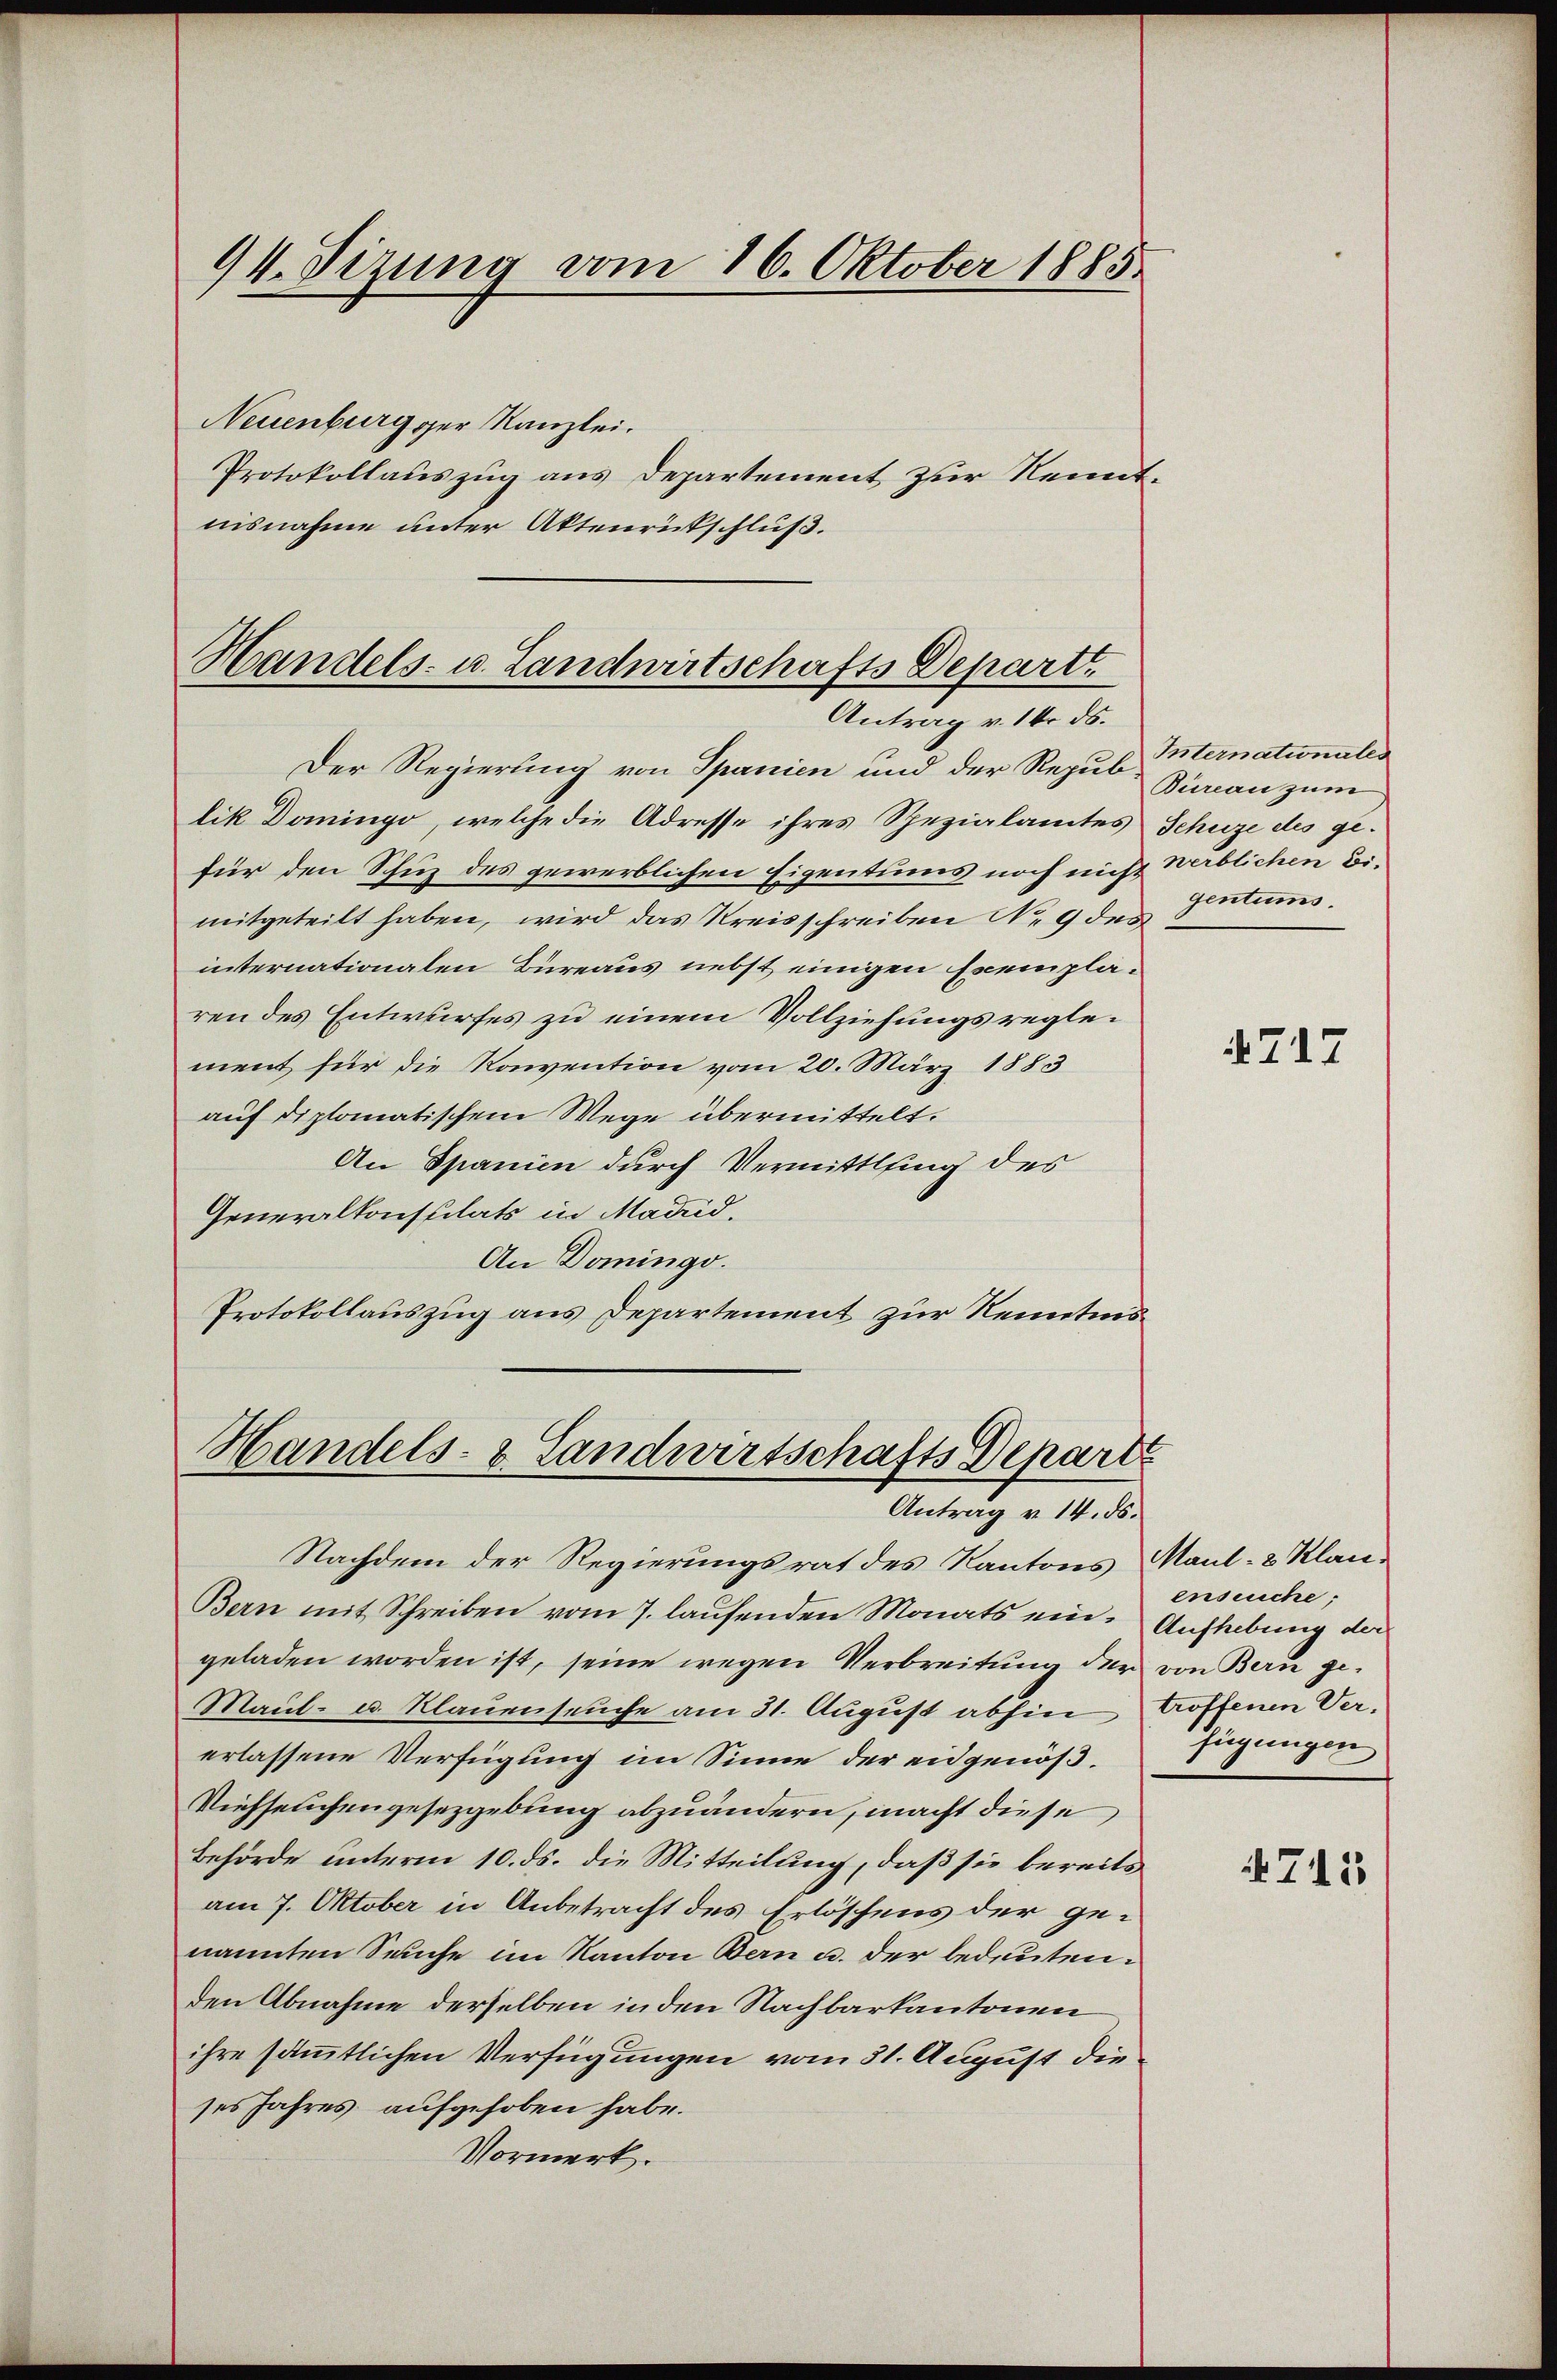
94. Sizung vom 16. Oktober 1885.

Neuenburgger Kanzlei.
Protokollauszug aus Departement zur Kenntnisnahme unter Aktenrütschluß.

Handels- u. Landwirtschafts Departe
Antrag v. 14. ds.

Der Regierung von Spanien und der Repub Zureau zum
lik Domingo, welche die Adresse ihres Spezialamtes
für den Schuz des gewerblichen Eigentums noch nicht Werblichen Bimitgeteilt haben, wird das Kreisschreiben N. 9 des
internationalen Büreaus nebst einigen Exemplaren des Entwurfes zu einem Vollziehungsreglement für die Konvention vom 20. März 1883
auf diplomatischem Wege übermittelt.
An Spanien durch Vermittlung des
Generalkonsulats in Madrid,
An Domingo.
Protokollauszug aus Departement zur Renntnis¬

Handels- & Landwirtschafts Departe
Antrag v. 14. ds.

Nachdem der Regierungsrat des Kantons Maul- & Klau¬
Bern mit Schreiben vom 7. laufenden Monats ein. Aufhebung der
geladen worden ist, seine wegen Verbreitung der von Bern ge¬
Maul- u. Klauenseuche am 31. August abhin trottenen Vererlassene Verfügung im Sinne der eidgenöß¬
Viehseuchengesezgebung abzuändern, macht diese
Behörde unterm 10. ds. die Mitteilung, daß sie bereits
am 7. Oktober in Anbetracht des Erlöschens der genannten Seuche im Kanton Bern u. der bedeuten.
Den Abnahme derselben in den Nachbarkantonen
ihre sämmtlichen Verfügungen vom 31. August die
ses Jahres aufgehoben habe.
Vormerk.

Internationales
Jchuze des gegentums.

717

enseuche;
fügungen

745